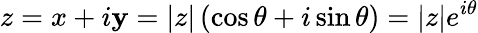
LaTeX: z=x+i\mathbf{y}=|z|\left(\cos\theta+i\sin\theta\right)=|z|e^{i\theta}